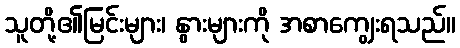
သူတို့၏မြင်းများ၊ နွားများကို အစာကျွေးရသည်။